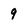
Character: 9